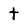
Character: t